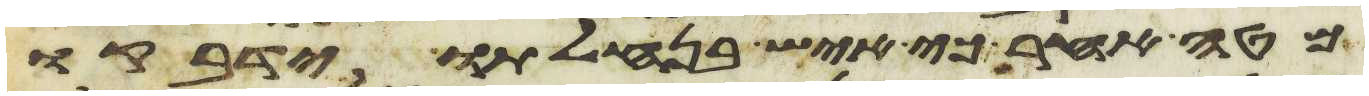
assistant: מטה אחר כי איש בנחלתו ידבקו